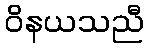
ဝိနယသညီ